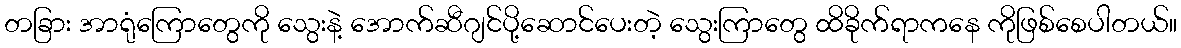
တခြား အာရုံကြောတွေကို သွေးနဲ့ အောက်ဆီဂျင်ပို့ဆောင်ပေးတဲ့ သွေးကြာတွေ ထိခိုက်ရာကနေ ကိုဖြစ်စေပါတယ်။